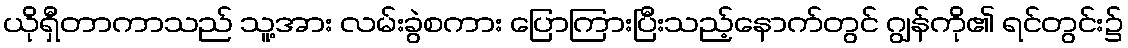
ယိုရှီတာကာသည် သူ့အား လမ်းခွဲစကား ပြောကြားပြီးသည့်နောက်တွင် ဂျွန်ကို၏ ရင်တွင်း၌